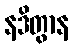
နဒိတွာန